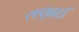
તણાઈ